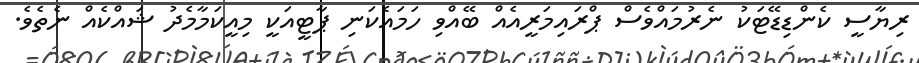
ރިޔާސީ ކެންޑިޑޭޓަކު ނެރުމައްވެސް ޕްރައިމަރީއެއް ބޭއްވި ހަމައެކަނި ޕާޓީއަކީ މިއީކަމާމެދު ޝައްކެއް ނެތެވެ.